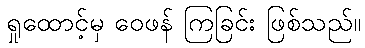
ရှုထောင့်မှ ဝေဖန် ကြခြင်း ဖြစ်သည်။